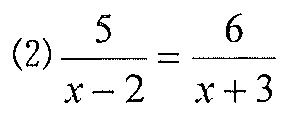
(2)\(\dfrac{5}{x - 2}=\dfrac{6}{x + 3}\)